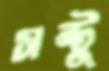
সন্টু